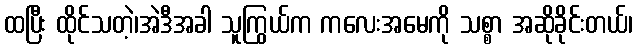
ထပြီး ထိုင်သတဲ့၊အဲဒီအခါ သူကြွယ်က ကလေးအမေကို သစ္စာ အဆိုခိုင်းတယ်၊